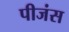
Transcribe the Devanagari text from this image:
पीजंस